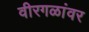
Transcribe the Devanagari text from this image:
वीरगळांवर